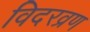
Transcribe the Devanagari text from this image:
विदरव्रण